NAE_ERA_R-2362_Emakeele_Selts, lk 13
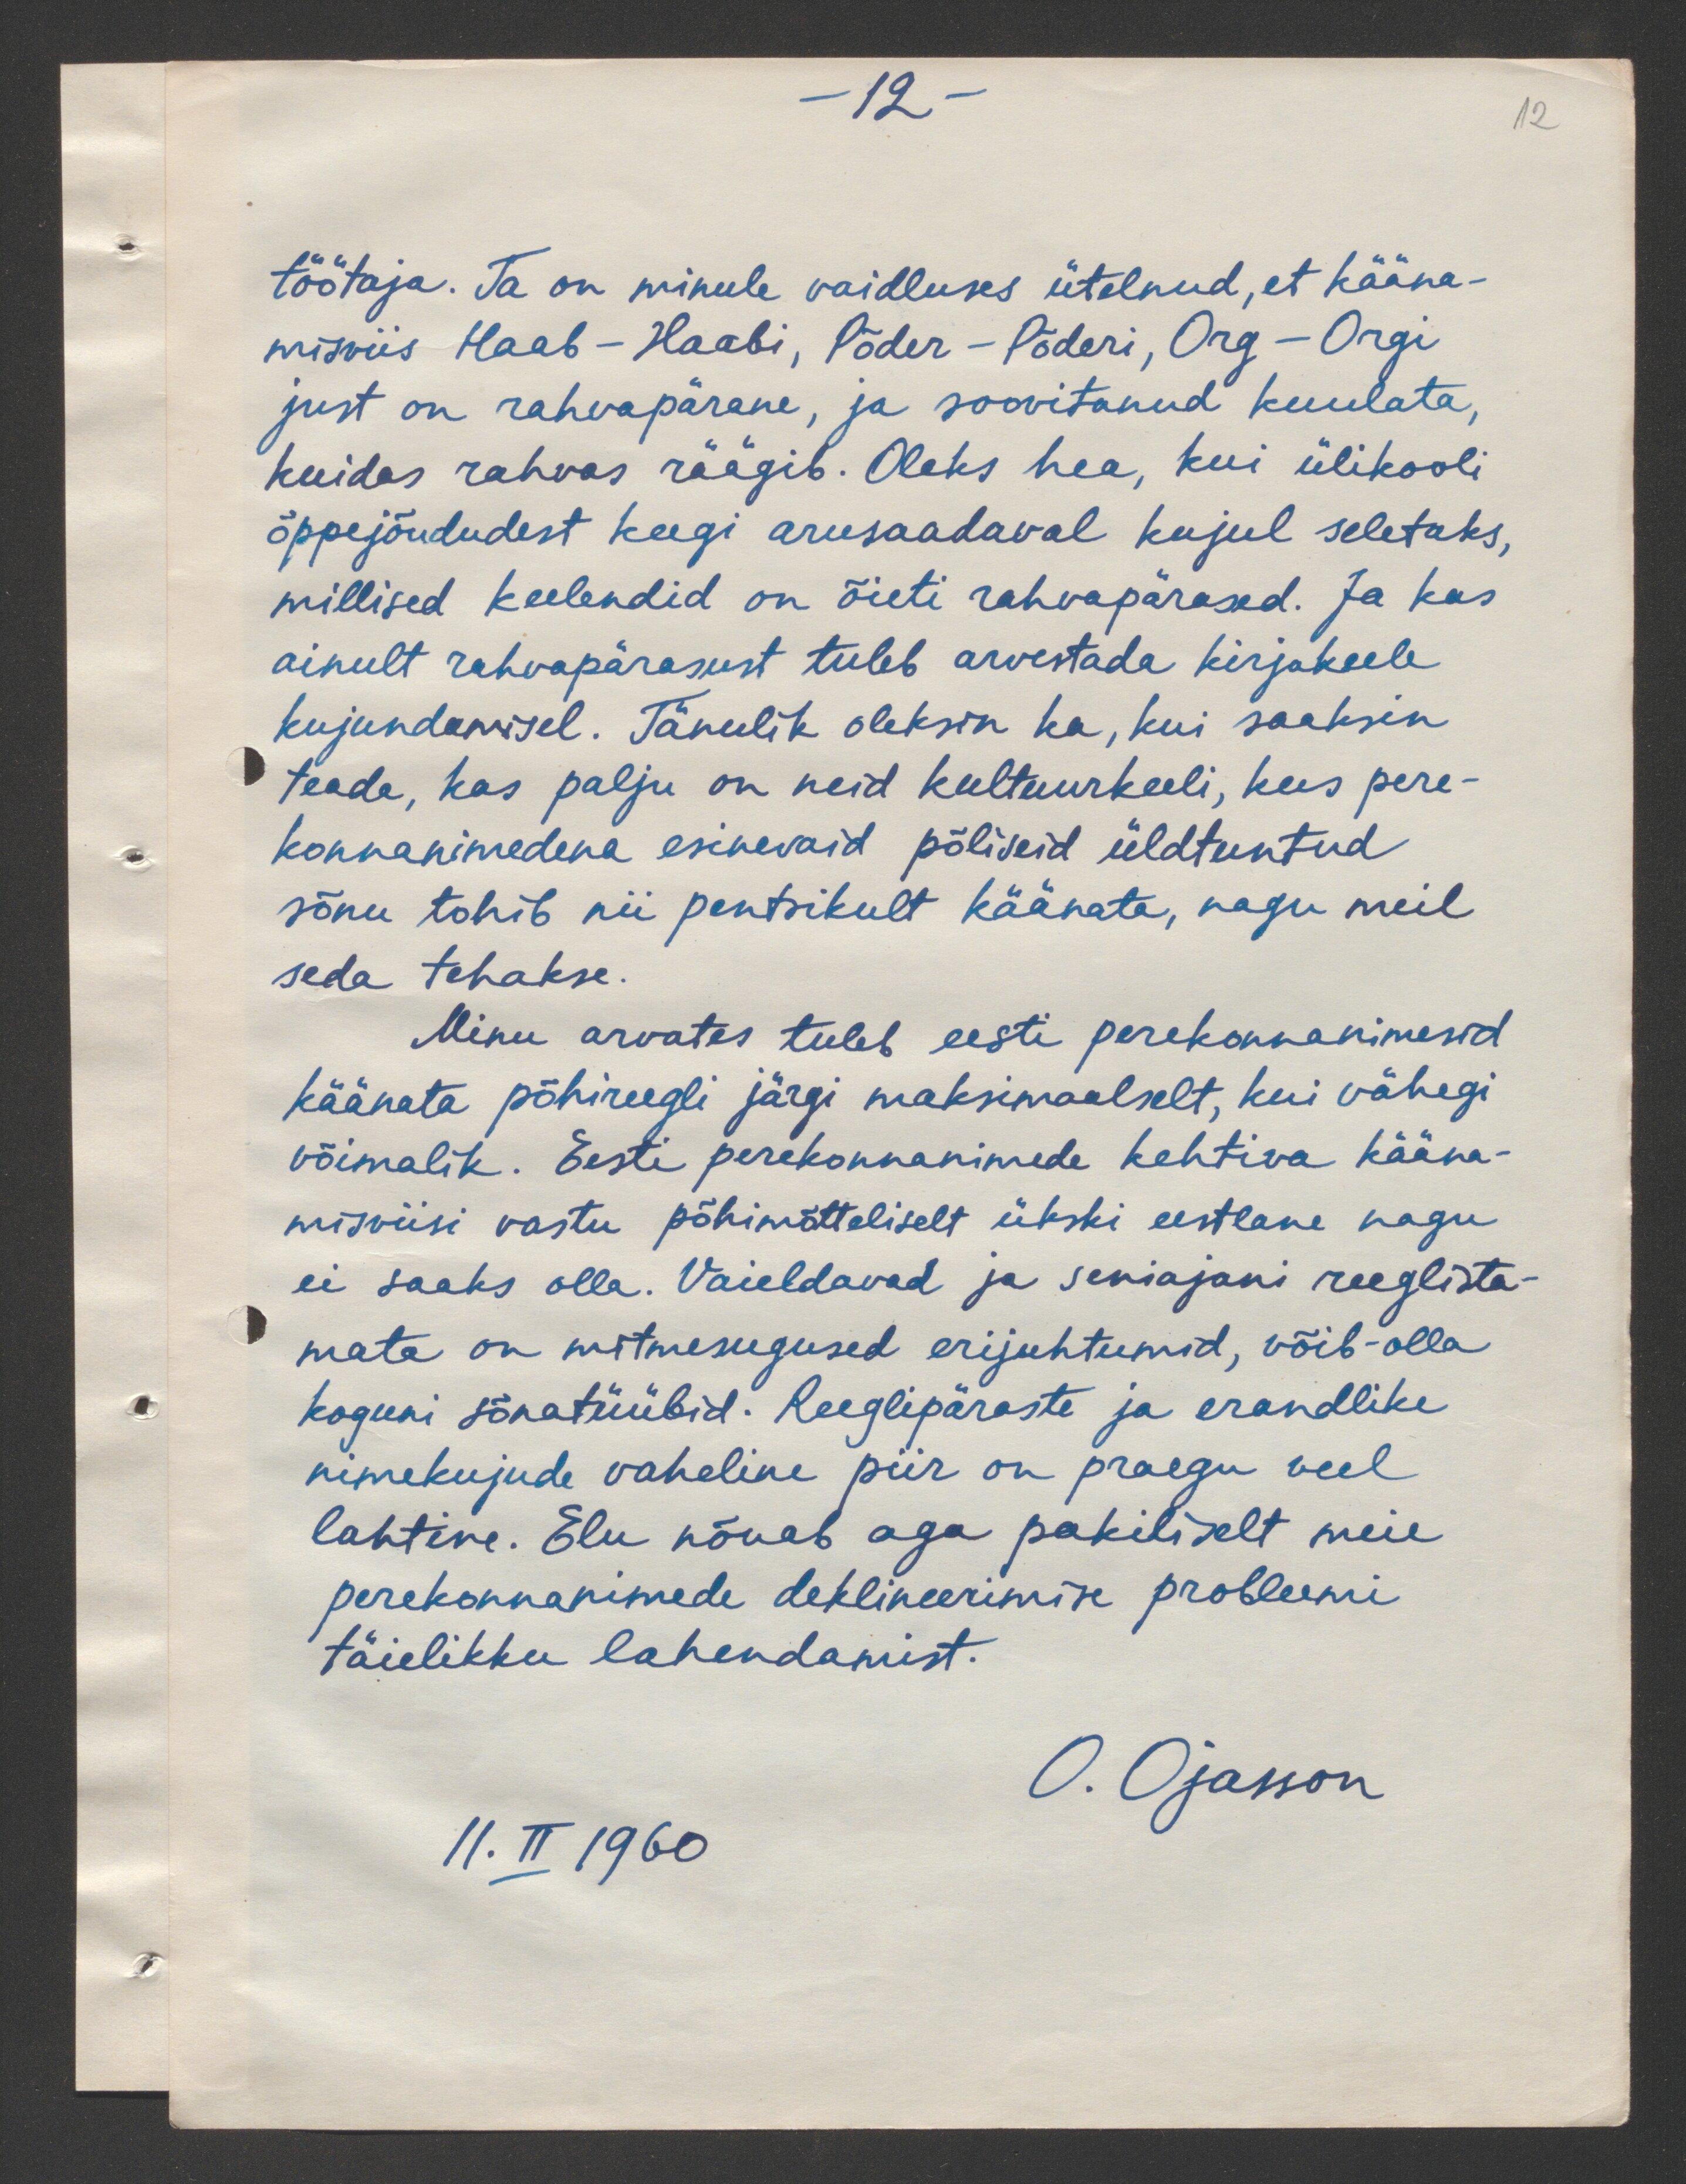
-12 -

12

töötaja. Ta on minule vaidluses ütelnud, et kääna-
misviis Haab - Haabi, Põder - Põderi, Org - Orgi
just on rahvapärane, ja soovitanud kuulata,
kuidas rahvas räägib. Oleks hea, kui ülikooli
õppejõududest keegi arusaadaval kujul seletaks,
millised keelendid on õieti rahvapärased. Ja kas
ainult rahvapärasust tuleb arvestada kirjakeele
kujundamisel. Tänulik oleksin ka, kui saaksin
teada, kas palju on neid kultuurkeeli, kus pere-
konnanimedena esinevaid põliseid üldtuntud
sõnu tohib nii pentsikult käänata, nagu meil
seda tehakse.
Minu arvates tuleb eesti perekonnanimesid
käänata põhireegli järgi maksimaalselt, kui vähegi
võimalik. Eesti perekonnanimede kehtiva kääna-
misviisi vastu põhimõtteliselt ükski eestlane nagu
ei saaks olla. Vaieldavad ja seniajani reeglista-
mata on mitmesugused erijuhtumid, võib-olla
koguni sõnatüübid. Reeglipäraste ja erandlike
nimekujude vaheline piir on praegu veel
lahtine. Elu nõuab aga pakiliselt meie
perekonnanimede deklineerimise probleemi
täielikku lahendamist.
O. Ojasson
11. II 1960